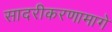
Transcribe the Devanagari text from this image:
सादरीकरणामागे